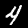
Label: 4